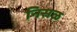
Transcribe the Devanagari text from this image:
निसळ